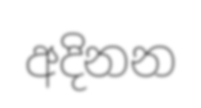
අදිනන